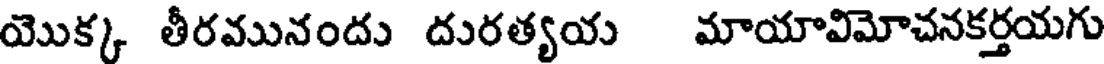
యొక్క తీరమునందు దురత్యయ మాయావిమోచనకర్తయగు